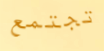
تجتمع